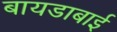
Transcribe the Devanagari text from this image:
बायडाबाई